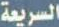
السريعة